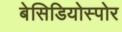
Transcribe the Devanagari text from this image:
बेसिडियोस्पोर